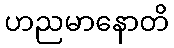
ဟညမာနောတိ